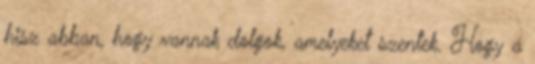
hisz abban, hogy vannak dolgok, amelyeket szentek. Hogy a